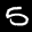
Label: 5